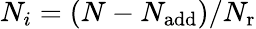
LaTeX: N_{i}=(N-N_{\mathrm{add}})/{N_{\mathrm{r}}}